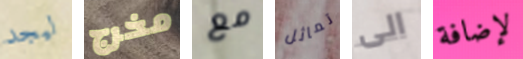
ليجد مخرج مع تماثل الى لإضافة